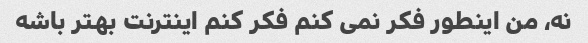
نه، من اینطور فکر نمی کنم فکر کنم اینترنت بهتر باشه